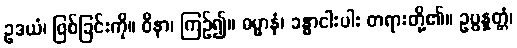
ဥဒယံ၊ ဖြစ်ခြင်းကို။ ဝိနာ၊ ကြဉ်၍။ ဓမ္မာနံ၊ ခန္ဓာငါးပါး တရားတို့၏။ ဥပ္ပန္နတ္တံ၊